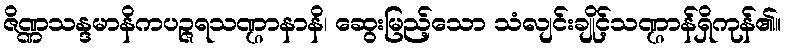
ဇိဏ္ဏသန္ဒမာနိကပဉ္ဇရသဏ္ဌာနာနိ၊ ဆွေးမြည့်သော သံလျင်းချိုင့်သဏ္ဌာန်ရှိကုန်၏။